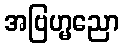
အဗြဟ္မညော